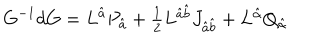
G ^ { - 1 } d G = L ^ { \hat { a } } P _ { \hat { a } } + \textstyle { \frac { 1 } { 2 } } L ^ { \hat { a } \hat { b } } J _ { \hat { a } \hat { b } } + L ^ { \hat { \alpha } } Q _ { \hat { \alpha } }